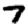
Digit: 7